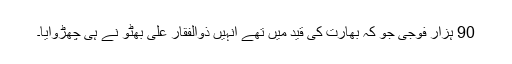
90 ہزار فوجی جو کہ بھارت کی قید میں تھے انہیں ذوالفقار علی بھٹو نے ہی چھڑوایا۔